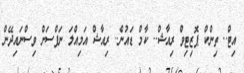
އިޓް.. ތިންކް ޕޮޒިޓިވް ރިއާޝް.. ކާމް ޑައުން.. ރިއާޝް އަމިއްލަ ނަފްސަށް ވިސްނައިދޭން